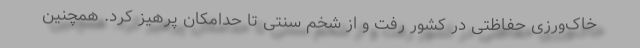
خاک‌ورزی حفاظتی در کشور رفت و از شخم سنتی تا حدامکان پرهیز کرد. همچنین